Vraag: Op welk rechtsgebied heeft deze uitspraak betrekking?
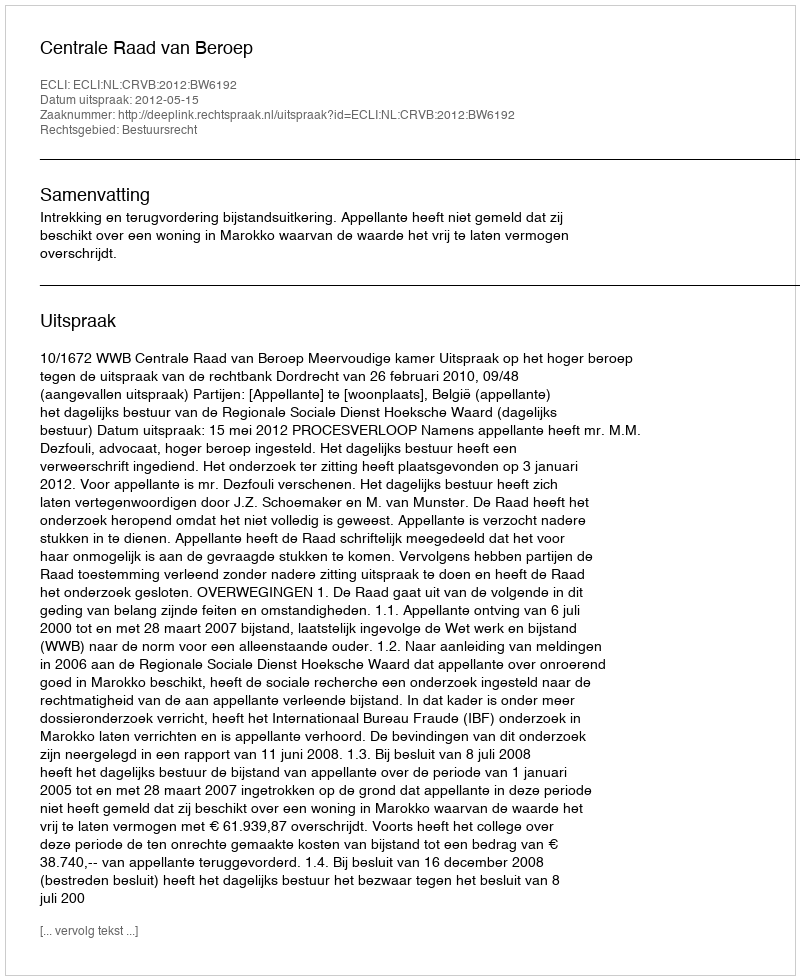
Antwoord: Bestuursrecht